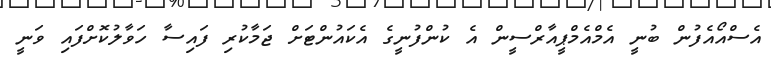
އެސްއޯއެފުން ބުނީ އެމްއެމްޕީއާރްސީން އެ ކުންފުނީގެ އެކައުންޓަށް ޖަމާކުރި ފައިސާ ހަވާލުކޮށްފައި ވަނީ